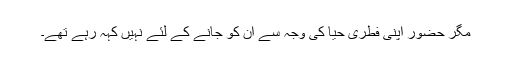
مگر حضور اپنی فطری حیا کی وجہ سے ان کو جانے کے لئے نہیں کہہ رہے تھے۔